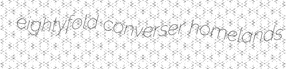
eightyfold converser homelands